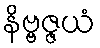
နိဗ္ဗဇ္ဇယံ